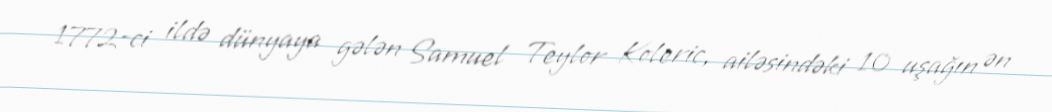
1772-ci ildə dünyaya gələn Samuel Teylor Koleric, ailəsindəki 10 uşağın ən